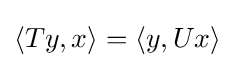
\langle Ty,x\rangle =\langle y,Ux\rangle